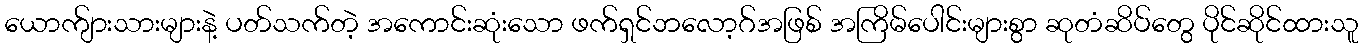
ယောက်ျားသားများနဲ့ ပတ်သက်တဲ့ အကောင်းဆုံးသော ဖက်ရှင်ဘလော့ဂ်အဖြစ် အကြိမ်ပေါင်းများစွာ ဆုတံဆိပ်တွေ ပိုင်ဆိုင်ထားသူ